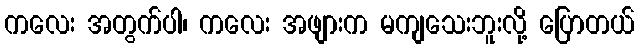
ကလေး အတွက်ပါ၊ ကလေး အဖျားက မကျသေးဘူးလို့ ပြောတယ်